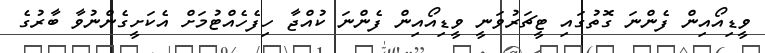
ވީޑިއޯއިން ފެންނަ ގޮތުގައި ޓީޗަރުވަނީ ވީޑިއޯއިން ފެންނަ ކުއްޖާ ހިފެހެއްޓުމަށް އެކަށީގެންނުވާ ބާރުގެ